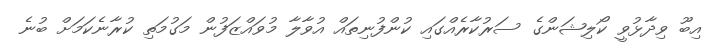
އިބޫ ވިދާޅުވީ ކޯލިޝަންގެ ސަރުކާރެއްގައި ކުންފުނިތައް އުވާލާ މުވައްޒަފުން މަގުމަތި ކުރާނެކަމަށް ބުނެ